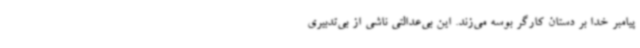
پیامبر خدا بر دستان کارگر بوسه می‌زند. این بی‌عدالتی ناشی از بی‌تدبیری